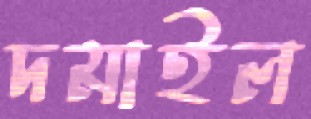
দমাইল